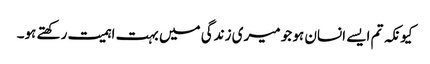
کیونکہ تم ایسے انسان ہو جو میری زندگی میں بہت اہمیت رکھتے ہو۔